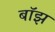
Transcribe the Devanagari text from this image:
बाॅझ